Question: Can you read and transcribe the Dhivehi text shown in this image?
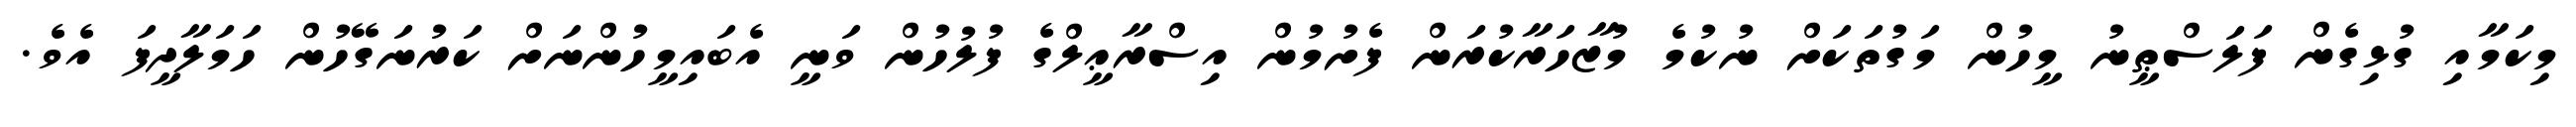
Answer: މިކަމާއި ގުޅިގެން ފަލަސްޠީނު މީހުން މަގުތަކަށް ނުކުމެ މުޒާހަރާކުރަން ފެށުމުން އިސްރާޢީލްގެ ފުލުހުން ވަނީ އެބައިމީހުންނަށް ކަރުނަގޭހުން ހަމަލާދީފަ އެވެ.